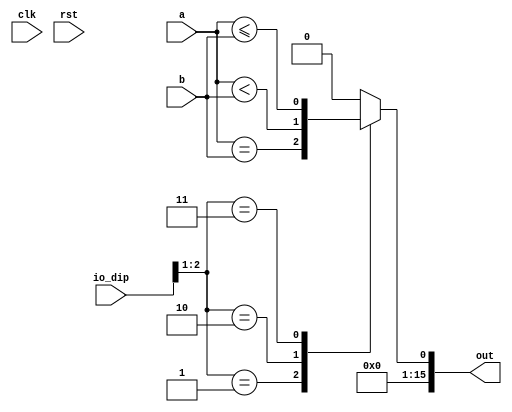
module cmp_7 (
    input clk,
    input rst,
    input [7:0] io_dip,
    input [15:0] a,
    input [15:0] b,
    output reg [15:0] out
  );
  
  
  
  reg [15:0] holder;
  
  always @* begin
    holder = 1'h0;
    
    case (io_dip[1+1-:2])
      1'h1: begin
        holder = {15'h0000, (a == b)};
      end
      2'h2: begin
        holder = {15'h0000, (a < b)};
      end
      2'h3: begin
        holder = {15'h0000, (a <= b)};
      end
    endcase
    out = holder[0+15-:16];
  end
endmodule